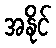
အနိုင်